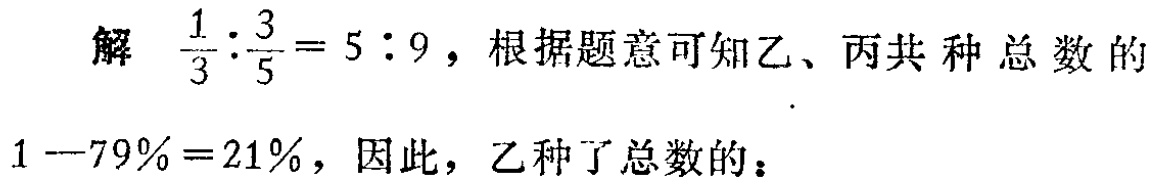
解 $\frac{1}{3}:\frac{3}{5}=5:9$，根据题意可知乙、丙共种总数的

$1 - 79\% = 21\%$，因此，乙种了总数的：